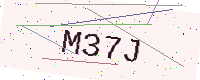
Text: M37J